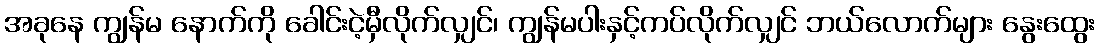
အခုနေ ကျွန်မ နောက်ကို ခေါင်းငဲ့မှီလိုက်လျှင်၊ ကျွန်မပါးနှင့်ကပ်လိုက်လျှင် ဘယ်လောက်များ နွေးထွေး